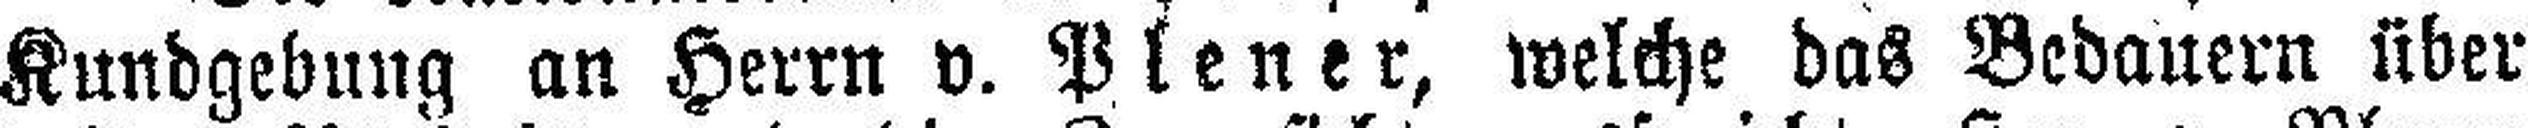
Kundgebung an Herrn v. Plener, welche das Bedauern über